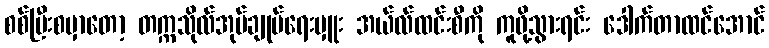
စစ်ပြီးစမှာတော့ တက္ကသိုလ်အုပ်ချုပ်ရေးမှူး အယ်လ်ထင်းစီကို ကူဖို့သွားရင်း ဒေါက်တာထင်အောင်